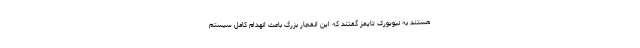
هستند به نیویورک تایمز گفتند که این انفجار بزرگ باعث انهدام کامل سیستم